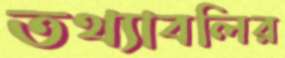
তথ্যাবলির